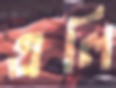
এলি